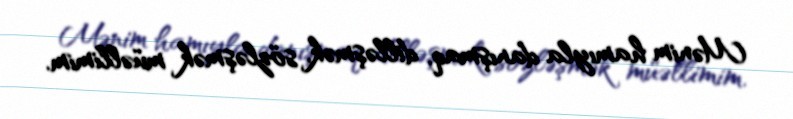
Mənim hamıyla danışmaq, dilləşmək, sözləşmək müəllimim.